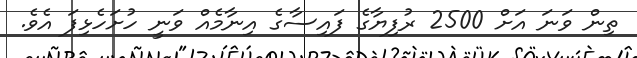
ތިން ވަނަ އަށް 2500 ރުފިޔާގެ ފައިސާގެ އިނާމެއް ވަނީ ހުށަހެޅިފަ އެވެ.